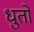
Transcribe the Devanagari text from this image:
धुतो